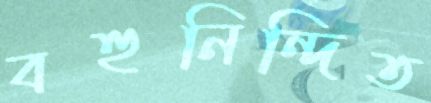
বহুনিন্দিত